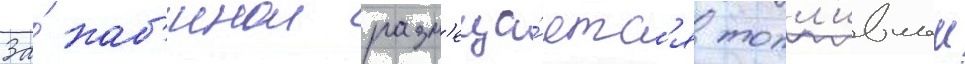
За́ каб'инои разм'еща́етс'я топл'ивныи